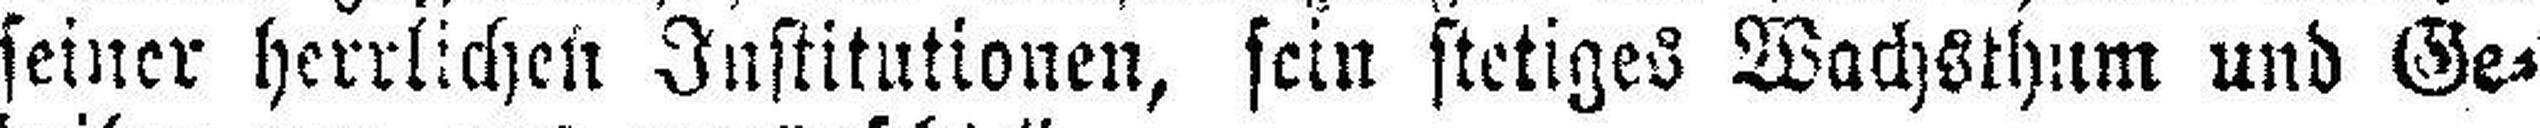
seiner herrlichen Institutionen, sein stetiges Wachsthum und Ge¬